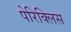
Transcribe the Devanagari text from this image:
पेरिक्लिस